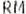
RM